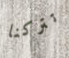
تتركنا